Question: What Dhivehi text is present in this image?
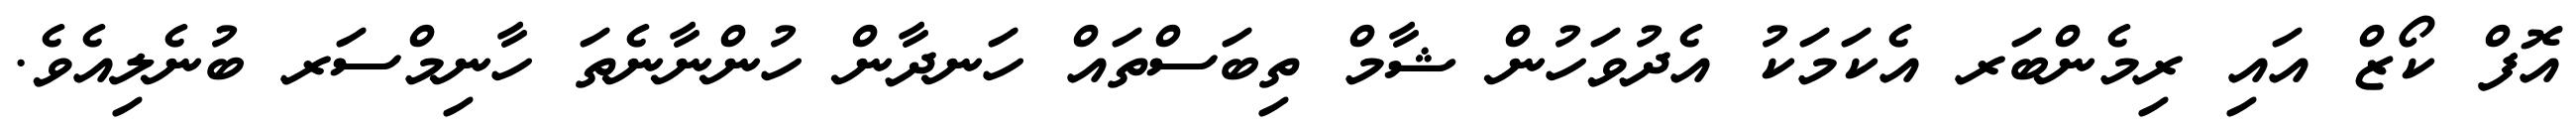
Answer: އޮފް ކޯޒް އައި ރިމެންބަރ އެކަމަކު އެދުވަހުން ޝާމް ތިބަސްތައް ހަނދާން ހުންނާނެތަ ހާނިމްސަރ ބުނެލިއެވެ.